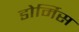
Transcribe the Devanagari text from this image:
डोर्मिस